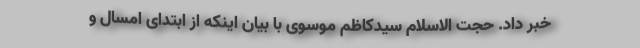
خبر داد. حجت الاسلام سیدکاظم موسوی با بیان اینکه از ابتدای امسال و